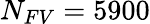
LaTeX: {N_{FV}=5900}